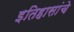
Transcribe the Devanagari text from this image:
इतिहासांचे